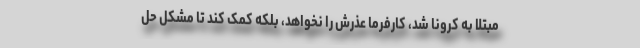
مبتلا به کرونا شد، کارفرما عذرش را نخواهد، بلکه کمک کند تا مشکل حل